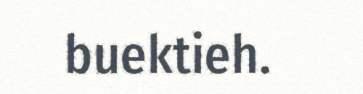
buektieh.